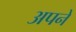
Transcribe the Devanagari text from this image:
अपने